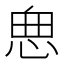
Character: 𱞜